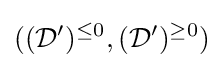
(({\mathcal {D}}')^{\leq 0},({\mathcal {D}}')^{\geq 0})